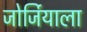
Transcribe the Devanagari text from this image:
जोर्जियाला